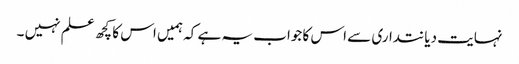
نہایت دیانتداری سے اس کا جواب یہ ہے کہ ہمیں اس کا کچھ علم نہیں ۔